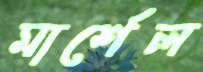
মার্শেল